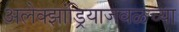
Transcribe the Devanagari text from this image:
अलेक्झांड्रियाजवळच्या